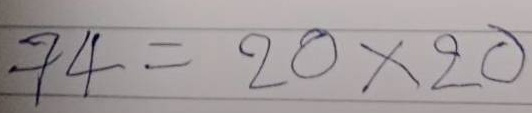
74 = 20x20